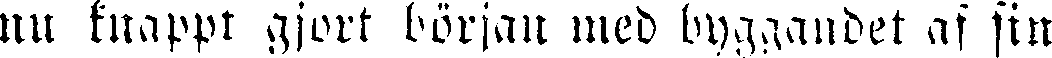
nit knappt gjort början med byggandet af sin